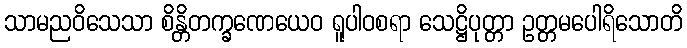
သာမညဝိသေသာ စိန္တိတက္ခဏေယေဝ ရူပါဝစရာ သေဋ္ဌိပုတ္တာ ဥတ္တမပေါရိသောတိ